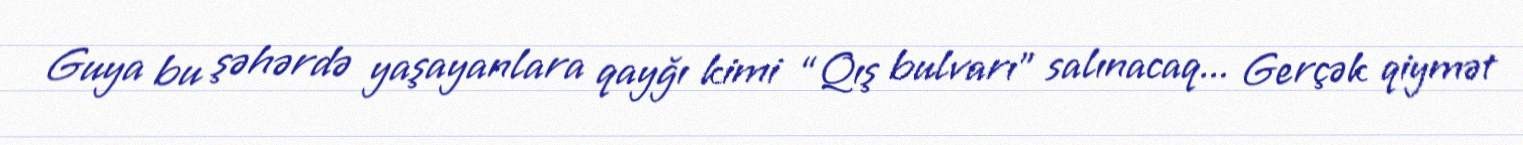
Guya bu şəhərdə yaşayanlara qayğı kimi “Qış bulvarı” salınacaq... Gerçək qiymət